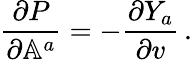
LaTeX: \frac{\partial P}{\partial\mathbb{A}^{a}}=-\frac{\partial Y_{a}}{\partial v}\, .